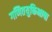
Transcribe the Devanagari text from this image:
गणितयुक्तिभाषा